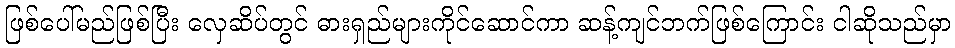
ဖြစ်ပေါ်မည်ဖြစ်ပြီး လှေဆိပ်တွင် ဓားရှည်များကိုင်ဆောင်ကာ ဆန့်ကျင်ဘက်ဖြစ်ကြောင်း ငါဆိုသည်မှာ